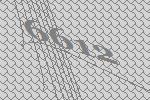
6612